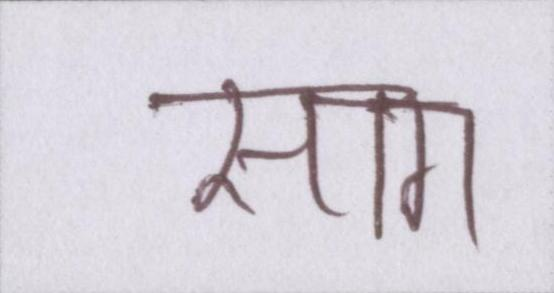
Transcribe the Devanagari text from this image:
साग